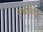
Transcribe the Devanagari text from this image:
मूर्धाभिषेक